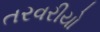
તરવરીયો